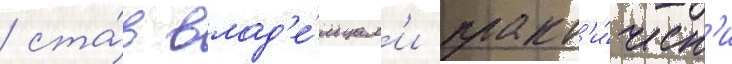
/ ста́в влад'е́льцам'и практ'и́ческ'и